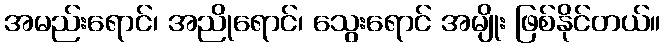
အမည်းရောင်၊ အညိုရောင်၊ သွေးရောင် အမျိုး ဖြစ်နိုင်တယ်။